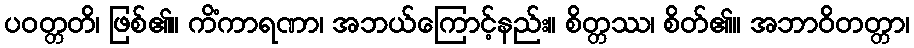
ပဝတ္တတိ၊ ဖြစ်၏။ ကိံကာရဏာ၊ အဘယ်ကြောင့်နည်း။ စိတ္တဿ၊ စိတ်၏။ အဘာဝိတတ္တာ၊